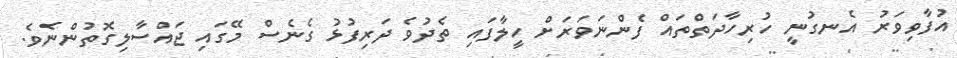
އުފާވިވަރު އެނގުނީ ހުރިހާދަތްތައް ފެންނަވަރަށް ހީލާފައި ތެދުވެ ދަރިފުޅު ގެނެސް މޭގައި ޖައްސާލިގޮތުންނެވެ.